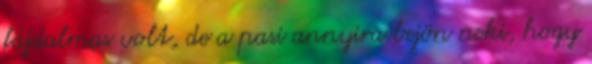
fájdalmas volt, de a pasi annyira bejön neki, hogy